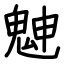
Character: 䰠